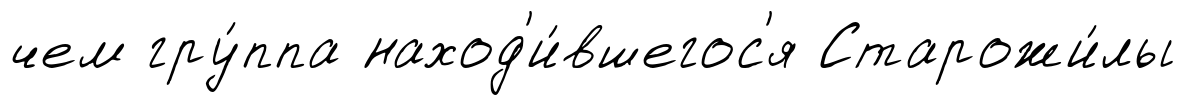
чем гру́ппа наход'и́вшегос'я Старожи́лы